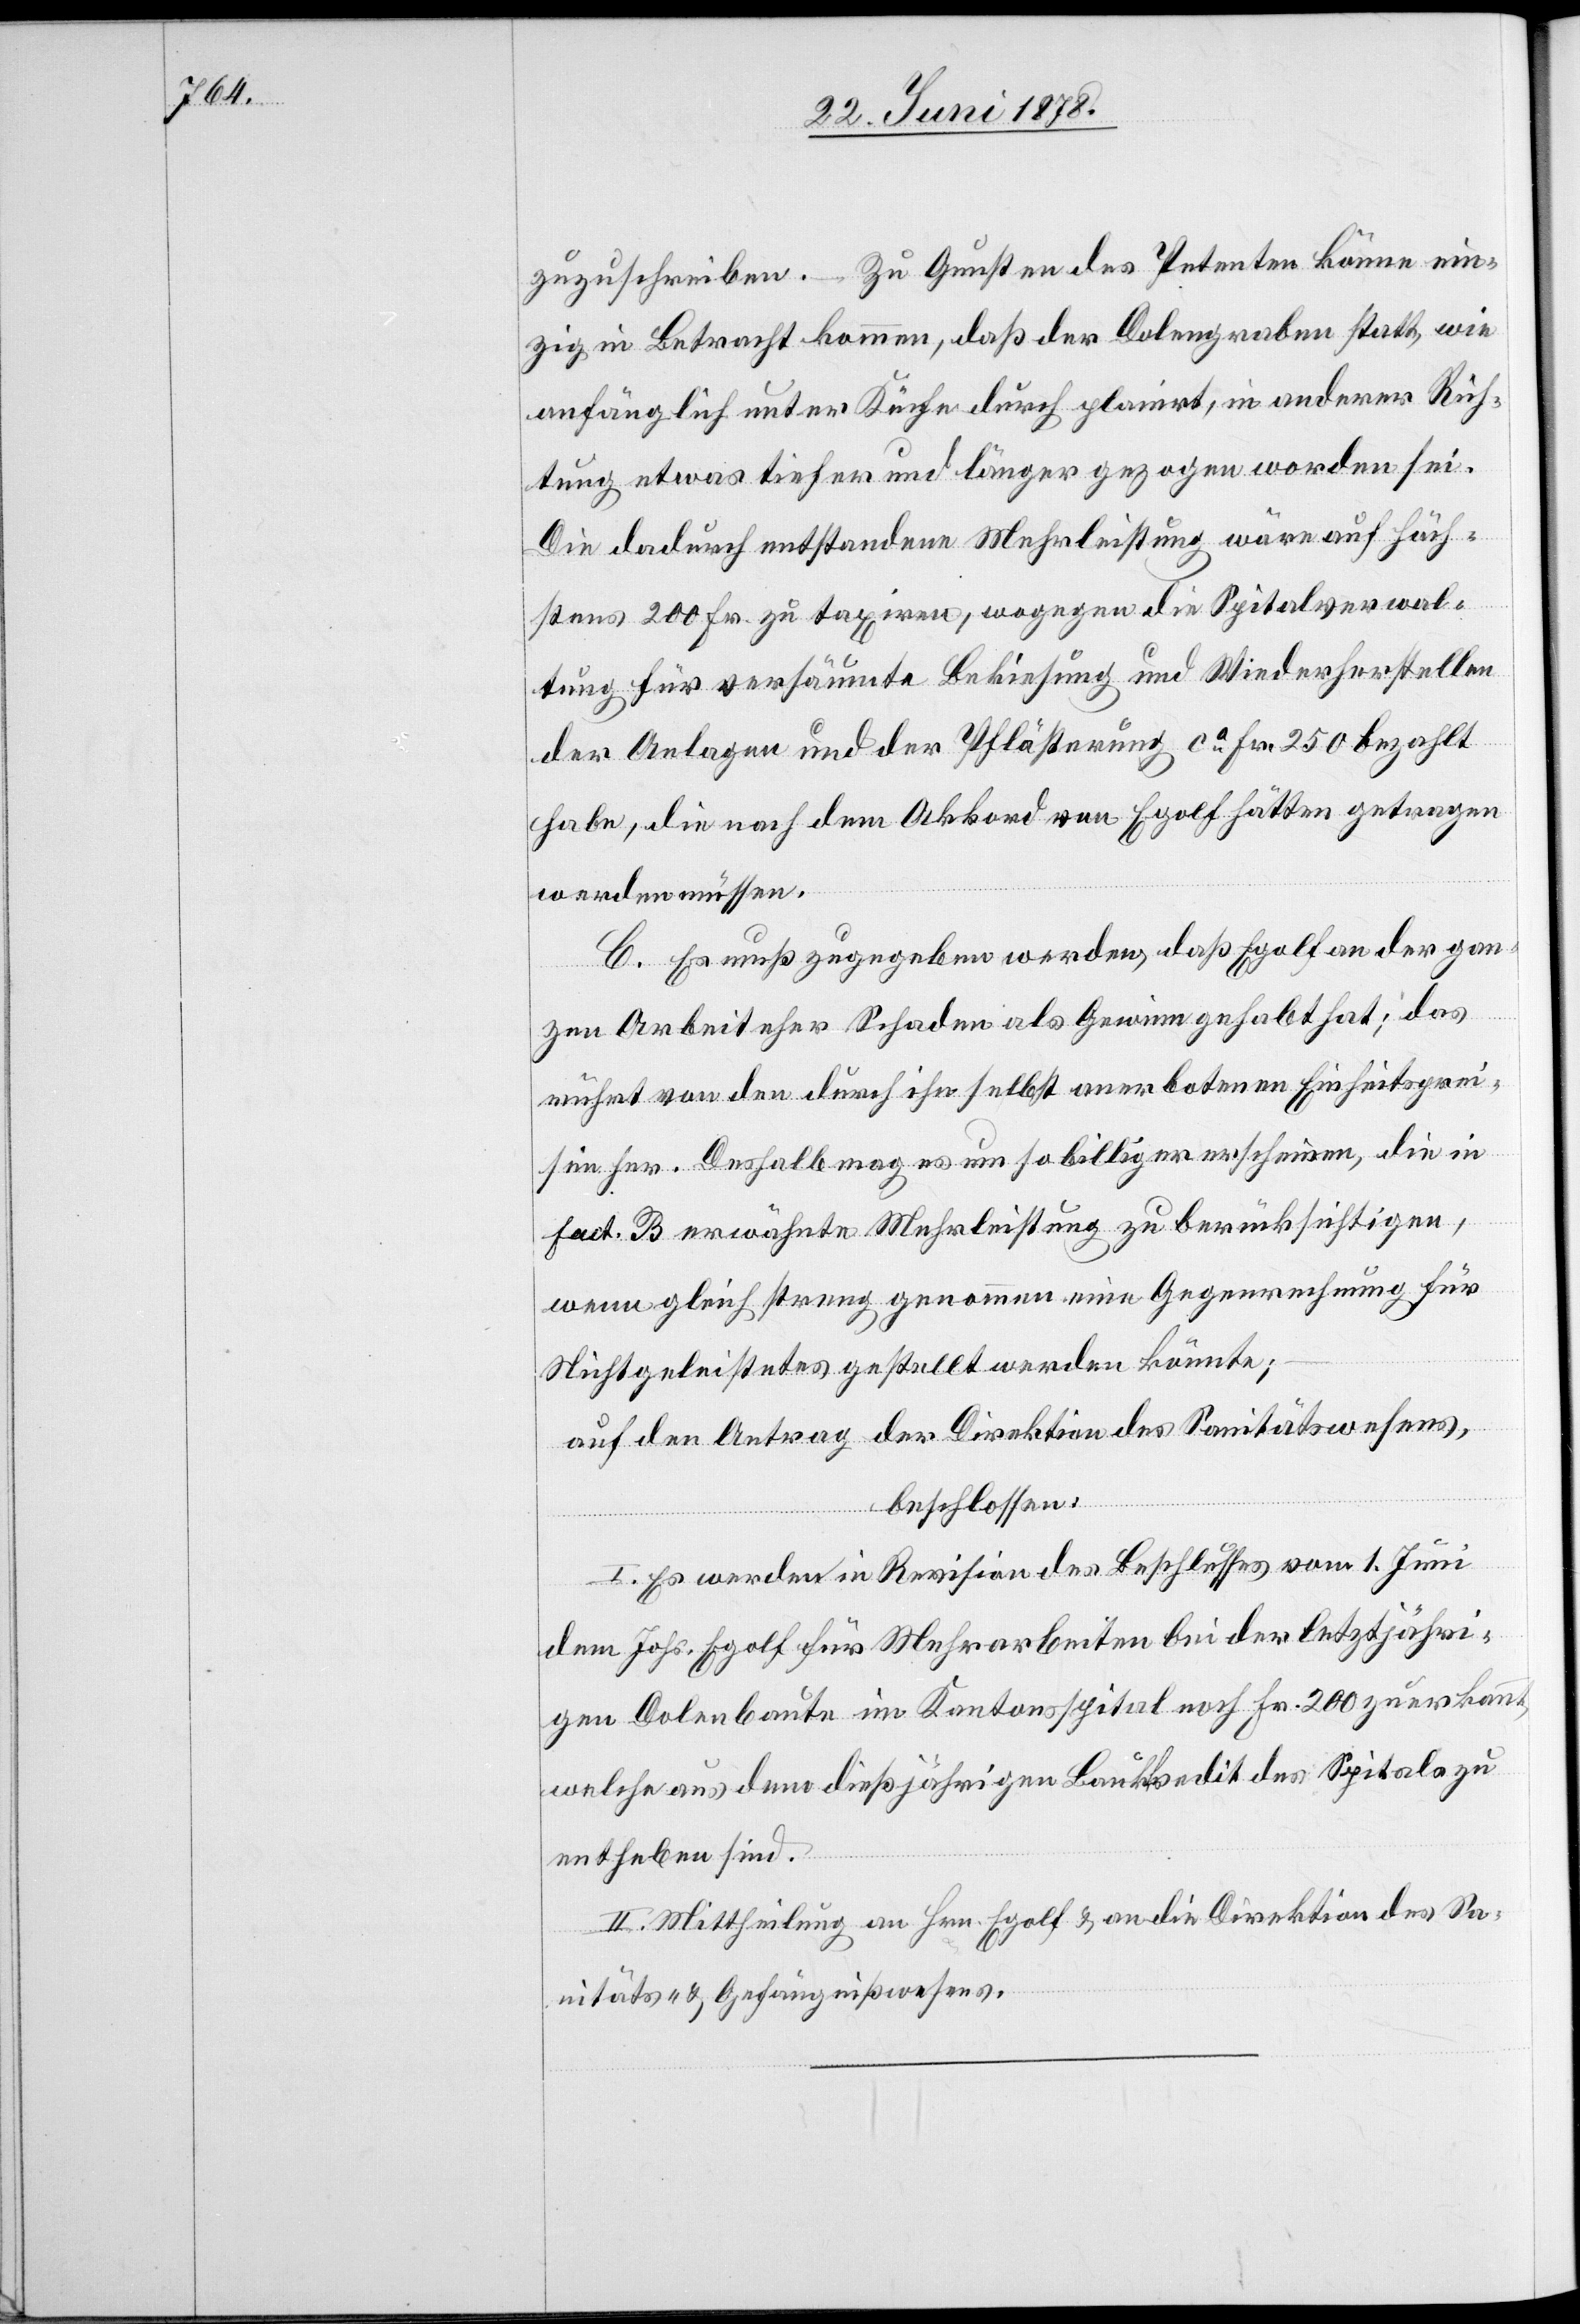
zuzuschreiben. Zu Gunsten des Petenten könne ein¬
zig in Betracht kommen, daß der Dolengraben statt, wie
anfänglich unter Küche durch planirt, in anderer Rich¬
tung etwas tiefer und länger gezogen worden sei.
Die dadurch entstandene Mehrleistung wäre auf höch¬
stens 200 Fr. zu taxiren, wogegen die Spitalverwal¬
tung für versäumte Bekiesung und Wiederherstellen
der Anlagen und der Pflästerung ca Fr. 250 bezahlt
habe, die nach dem Akkord von Egolf hätten getragen
werden müssen.
C. Es muß zugegeben werden, daß Egolf an der gan¬
zen Arbeit eher Schaden als Gewinn gehabt hat; das
rührt von den durch ihn selbst anerbotenen Einheitsprei¬
sen her. Deshalb mag es um so billiger erscheinen, die in
Fact. B erwähnte Mehrleistung zu berücksichtigen,
wenn gleich streng genommen eine Gegenrechnung für
Nichtgeleistetes gestellt werden könnte;
auf den Antrag der Direktion des Sanitätswesens,
beschlossen:
I. Es werden die Revision des Beschlusses vom 1. Juni
dem Johs. Egolf für Mehrarbeiten bei der letztjähri¬
gen Dolenbaute im Kantonsspital noch Fr. 200 zuerkannt,
welche aus dem dießjährigen Baukredit des Spitals zu
entheben sind.
II. Mittheilung an Hrn. Egolf & an die Direktion des Sa¬
nitäts- & Gefängnißwesens.